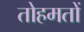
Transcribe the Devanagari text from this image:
तोहमतों